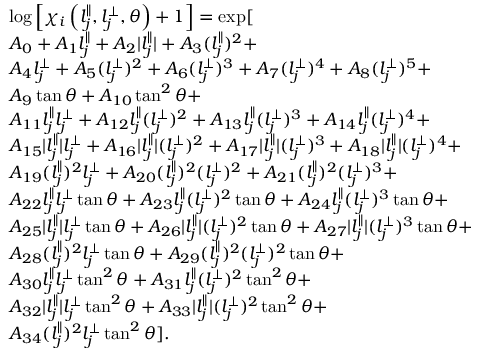
\begin{array} { r l } & { \log \left[ \chi _ { i } \left( l _ { j } ^ { \parallel } , l _ { j } ^ { \perp } , \theta \right) + 1 \right] = \exp [ } \\ & { A _ { 0 } + A _ { 1 } l _ { j } ^ { \parallel } + A _ { 2 } \vert l _ { j } ^ { \parallel } \vert + A _ { 3 } ( l _ { j } ^ { \parallel } ) ^ { 2 } + } \\ & { A _ { 4 } l _ { j } ^ { \perp } + A _ { 5 } ( l _ { j } ^ { \perp } ) ^ { 2 } + A _ { 6 } ( l _ { j } ^ { \perp } ) ^ { 3 } + A _ { 7 } ( l _ { j } ^ { \perp } ) ^ { 4 } + A _ { 8 } ( l _ { j } ^ { \perp } ) ^ { 5 } + } \\ & { A _ { 9 } \tan { \theta } + A _ { 1 0 } \tan ^ { 2 } { \theta } + } \\ & { A _ { 1 1 } l _ { j } ^ { \parallel } l _ { j } ^ { \perp } + A _ { 1 2 } l _ { j } ^ { \parallel } ( l _ { j } ^ { \perp } ) ^ { 2 } + A _ { 1 3 } l _ { j } ^ { \parallel } ( l _ { j } ^ { \perp } ) ^ { 3 } + A _ { 1 4 } l _ { j } ^ { \parallel } ( l _ { j } ^ { \perp } ) ^ { 4 } + } \\ & { A _ { 1 5 } \vert l _ { j } ^ { \parallel } \vert l _ { j } ^ { \perp } + A _ { 1 6 } \vert l _ { j } ^ { \parallel } \vert ( l _ { j } ^ { \perp } ) ^ { 2 } + A _ { 1 7 } \vert l _ { j } ^ { \parallel } \vert ( l _ { j } ^ { \perp } ) ^ { 3 } + A _ { 1 8 } \vert l _ { j } ^ { \parallel } \vert ( l _ { j } ^ { \perp } ) ^ { 4 } + } \\ & { A _ { 1 9 } ( l _ { j } ^ { \parallel } ) ^ { 2 } l _ { j } ^ { \perp } + A _ { 2 0 } ( l _ { j } ^ { \parallel } ) ^ { 2 } ( l _ { j } ^ { \perp } ) ^ { 2 } + A _ { 2 1 } ( l _ { j } ^ { \parallel } ) ^ { 2 } ( l _ { j } ^ { \perp } ) ^ { 3 } + } \\ & { A _ { 2 2 } l _ { j } ^ { \parallel } l _ { j } ^ { \perp } \tan { \theta } + A _ { 2 3 } l _ { j } ^ { \parallel } ( l _ { j } ^ { \perp } ) ^ { 2 } \tan { \theta } + A _ { 2 4 } l _ { j } ^ { \parallel } ( l _ { j } ^ { \perp } ) ^ { 3 } \tan { \theta } + } \\ & { A _ { 2 5 } \vert l _ { j } ^ { \parallel } \vert l _ { j } ^ { \perp } \tan { \theta } + A _ { 2 6 } \vert l _ { j } ^ { \parallel } \vert ( l _ { j } ^ { \perp } ) ^ { 2 } \tan { \theta } + A _ { 2 7 } \vert l _ { j } ^ { \parallel } \vert ( l _ { j } ^ { \perp } ) ^ { 3 } \tan { \theta } + } \\ & { A _ { 2 8 } ( l _ { j } ^ { \parallel } ) ^ { 2 } l _ { j } ^ { \perp } \tan { \theta } + A _ { 2 9 } ( l _ { j } ^ { \parallel } ) ^ { 2 } ( l _ { j } ^ { \perp } ) ^ { 2 } \tan { \theta } + } \\ & { A _ { 3 0 } l _ { j } ^ { \parallel } l _ { j } ^ { \perp } \tan ^ { 2 } { \theta } + A _ { 3 1 } l _ { j } ^ { \parallel } ( l _ { j } ^ { \perp } ) ^ { 2 } \tan ^ { 2 } { \theta } + } \\ & { A _ { 3 2 } \vert l _ { j } ^ { \parallel } \vert l _ { j } ^ { \perp } \tan ^ { 2 } { \theta } + A _ { 3 3 } \vert l _ { j } ^ { \parallel } \vert ( l _ { j } ^ { \perp } ) ^ { 2 } \tan ^ { 2 } { \theta } + } \\ & { A _ { 3 4 } ( l _ { j } ^ { \parallel } ) ^ { 2 } l _ { j } ^ { \perp } \tan ^ { 2 } { \theta } ] . } \end{array}